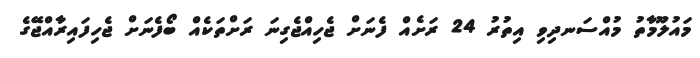
މައުލޫމާތު މުއްސަނދިވި އިތުރު 24 ރަށެއް ފެނަށް ޖެހިއްޖެގިނަ ރަށްތަކެއް ބޯފެނަށް ޖެހިފައިރާއްޖޭގެ